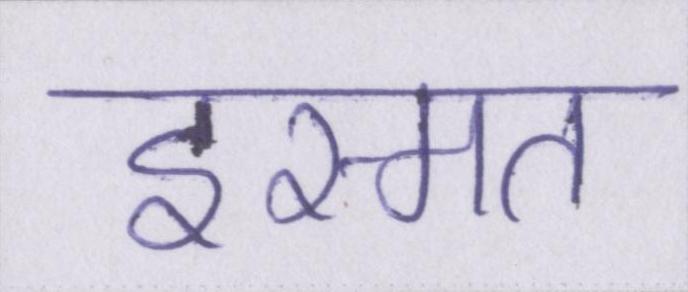
इस्मत